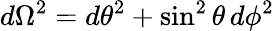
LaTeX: d\Omega^{2}=d\theta^{2}+\sin^{2}\theta\, d\phi^{2}